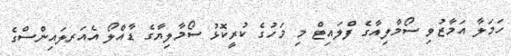
ހަމަލާ އަމާޒުވި ސޯމާލިއާގެ ފްލައިޓް މި މަހުގެ ކުރީކޮޅު ސޯމާލިޔާގެ ޑާއްލޯ އެއަރލައިންސްގެ